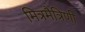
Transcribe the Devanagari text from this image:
मित्रमैत्रिणी